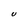
Character: U